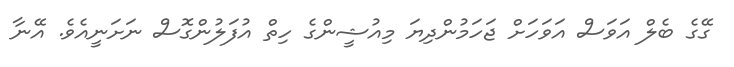
ގޭގެ ބެލް އަވަސް އަވަހަށް ޖަހަމުންދިޔަ މިއުޝީންގެ ހިތް އުފަލުންގޮސް ނަށަނީއެވެ. އޭނާ